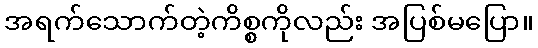
အရက်သောက်တဲ့ကိစ္စကိုလည်း အပြစ်မပြော။